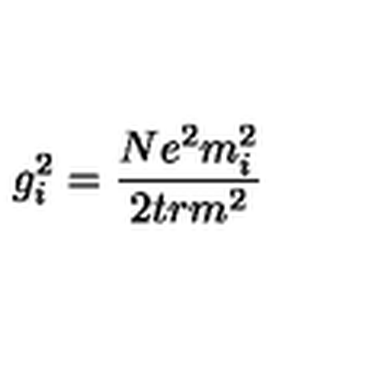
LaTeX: g _ { i } ^ { 2 } = \frac { N e ^ { 2 } m _ { i } ^ { 2 } } { 2 t r m ^ { 2 } }